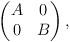
LaTeX: \begin{align*}\begin{pmatrix}A & 0 \\0 & B\end{pmatrix},\end{align*}